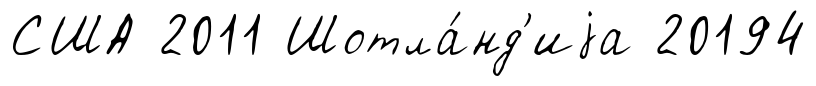
США 2011 Шотла́нд'иjа 20194